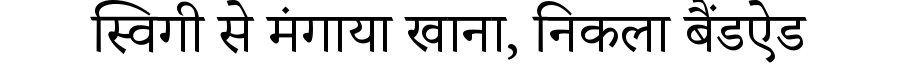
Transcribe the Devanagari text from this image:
स्विगी से मंगाया खाना, निकला बैंडऐड